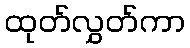
ထုတ်လွှတ်ကာ